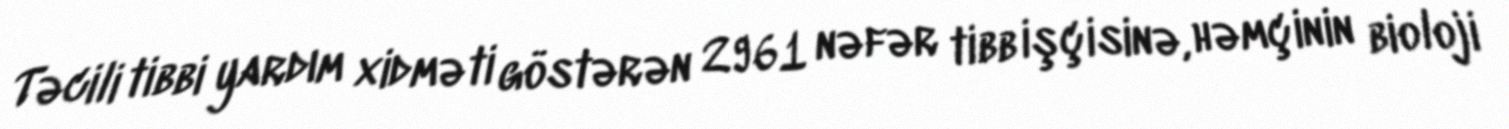
Təcili tibbi yardım xidməti göstərən 2961 nəfər tibb işçisinə, həmçinin bioloji